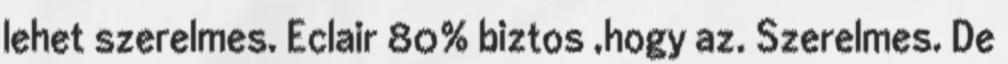
lehet szerelmes. Eclair 80% biztos ,hogy az. Szerelmes. De